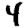
Digit: 4